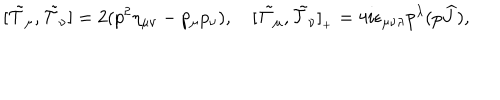
[ \tilde { \cal T } _ { \mu } , \tilde { \cal T } _ { \nu } ] = 2 ( p ^ { 2 } \eta _ { \mu \nu } - p _ { \mu } p _ { \nu } ) , \quad [ \tilde { \cal T } _ { \mu } , \tilde { \cal T } _ { \nu } ] _ { { } _ { + } } = 4 i \epsilon _ { \mu \nu \lambda } p ^ { \lambda } ( p \widehat { J } ) ,